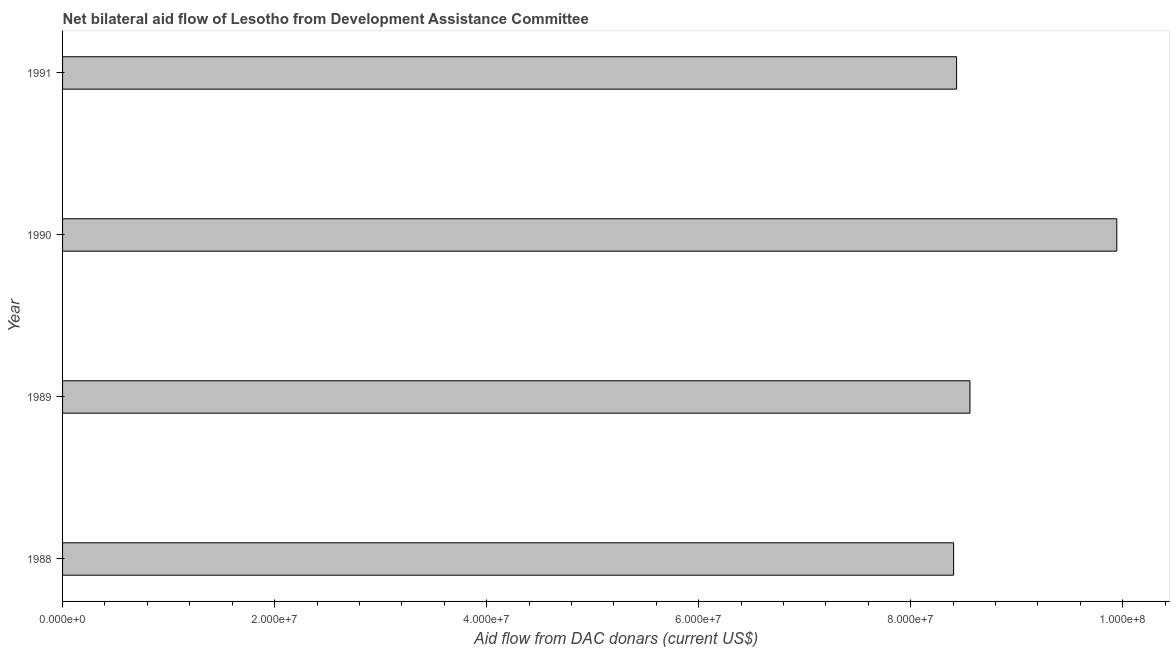
| Year | Net bilateral aid flows from DAC donors |
 | --- | --- |
 | 1988 | 8.40e+07 |
 | 1989 | 8.56e+07 |
 | 1990 | 9.94e+07 |
 | 1991 | 8.43e+07 |